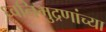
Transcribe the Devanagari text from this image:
ध्वनिमुद्रणांच्या